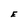
Character: E